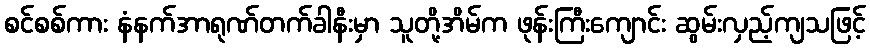
စင်စစ်ကား နံနက်အာရုဏ်တက်ခါနီးမှာ သူတို့အိမ်က ဖုန်းကြီးကျောင်း ဆွမ်းလှည့်ကျသဖြင့်